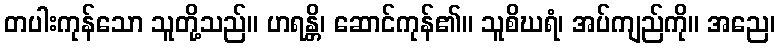
တပါးကုန်သော သူတို့သည်။ ဟရန္တိ၊ ဆောင်ကုန်၏။ သူစိဃရံ၊ အပ်ကျည်ကို။ အညေ၊